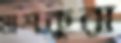
মাশকুরা